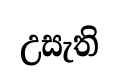
උසැති